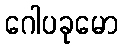
ဂေါပခုမော